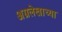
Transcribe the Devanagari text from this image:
अग्रलेखाच्या